Leaving Certificate Examination, 1907
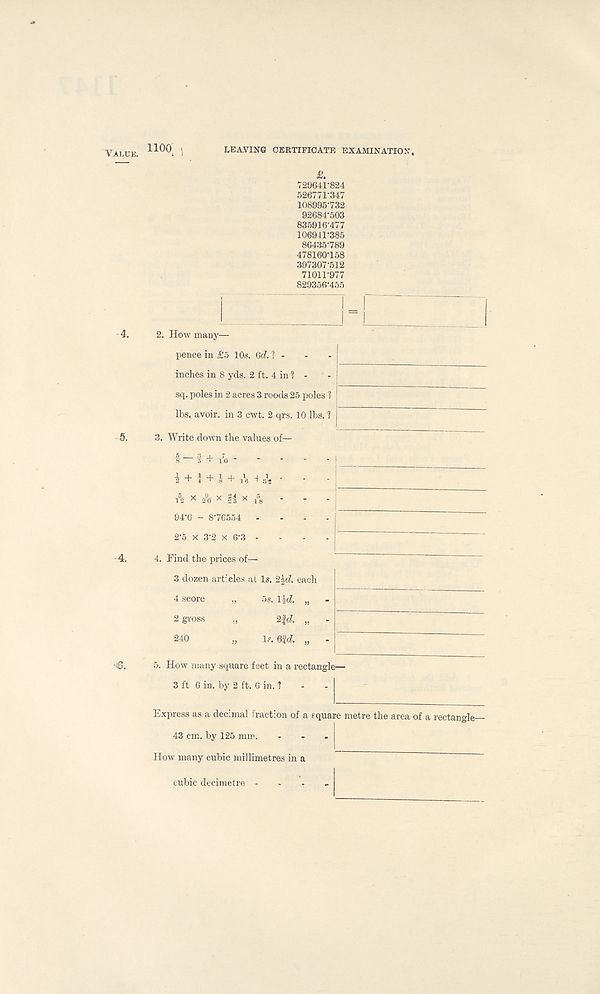
Value.
LEAVING CERTIFICATE EXAMINATION,
noo; !
£.
T20641-824
526771-347 108995-732 92684-503
835916-477 106941-385 86435-789
478160-158 397307-512
71011-977
829356-455
4. 2. How many—
pence in £o 10s. 6d 1 -
inches in 8 yds. 2 ft. 4 in ? -
sq. poles in 2 acres 3 roods 25 poles 1
lbs. avoir, in 3 cwt. 2 qrs. 10 lbs. ?
5. 3. Write down the values of—
I — £ + to
1 -M + | + A •+ 3
l
s -
A x A x || x A -
94-6 - 8-76554 - - - -I
2-5 x 3-2 x 6-3 - - - - |
4. 4. Find the prices of—
3 dozen art'cles at Is. 2|d each
4 score „ 5s. \hd. „
2 gross
2fd „
240
„ Is. 6i& „ - _
*46. 5. How many square feet in a rectangle—
3 ft 6 in. by 2 ft. 6 in. I - - |
Express as a decimal fraction of a square metre the area of a rectangle-
43 cm. by 125 mm. - - - j
How many cubic millimetres in a
cubic decimetre